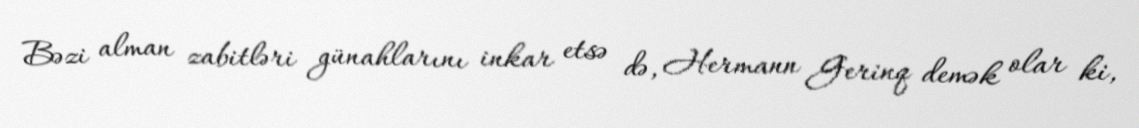
Bəzi alman zabitləri günahlarını inkar etsə də, Hermann Gerinq demək olar ki,